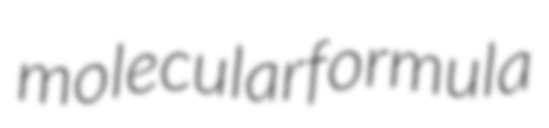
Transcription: molecular formula